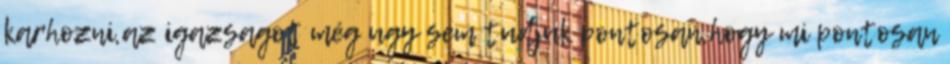
karhozni,az igazsagot még ugy sem tudjuk pontosan,hogy mi pontosan